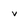
Character: v